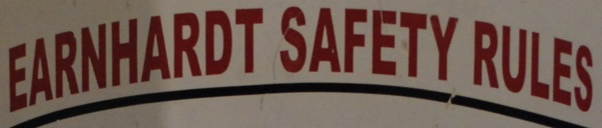
EARNHARDT SAFETY RULES